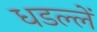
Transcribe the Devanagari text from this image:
धडल्लें